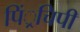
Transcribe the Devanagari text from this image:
पिं्रचिपी